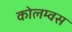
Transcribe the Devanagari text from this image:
कोलम्वस